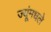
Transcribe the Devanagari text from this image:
ज्यूंमधले